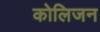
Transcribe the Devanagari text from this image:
कोलिजन